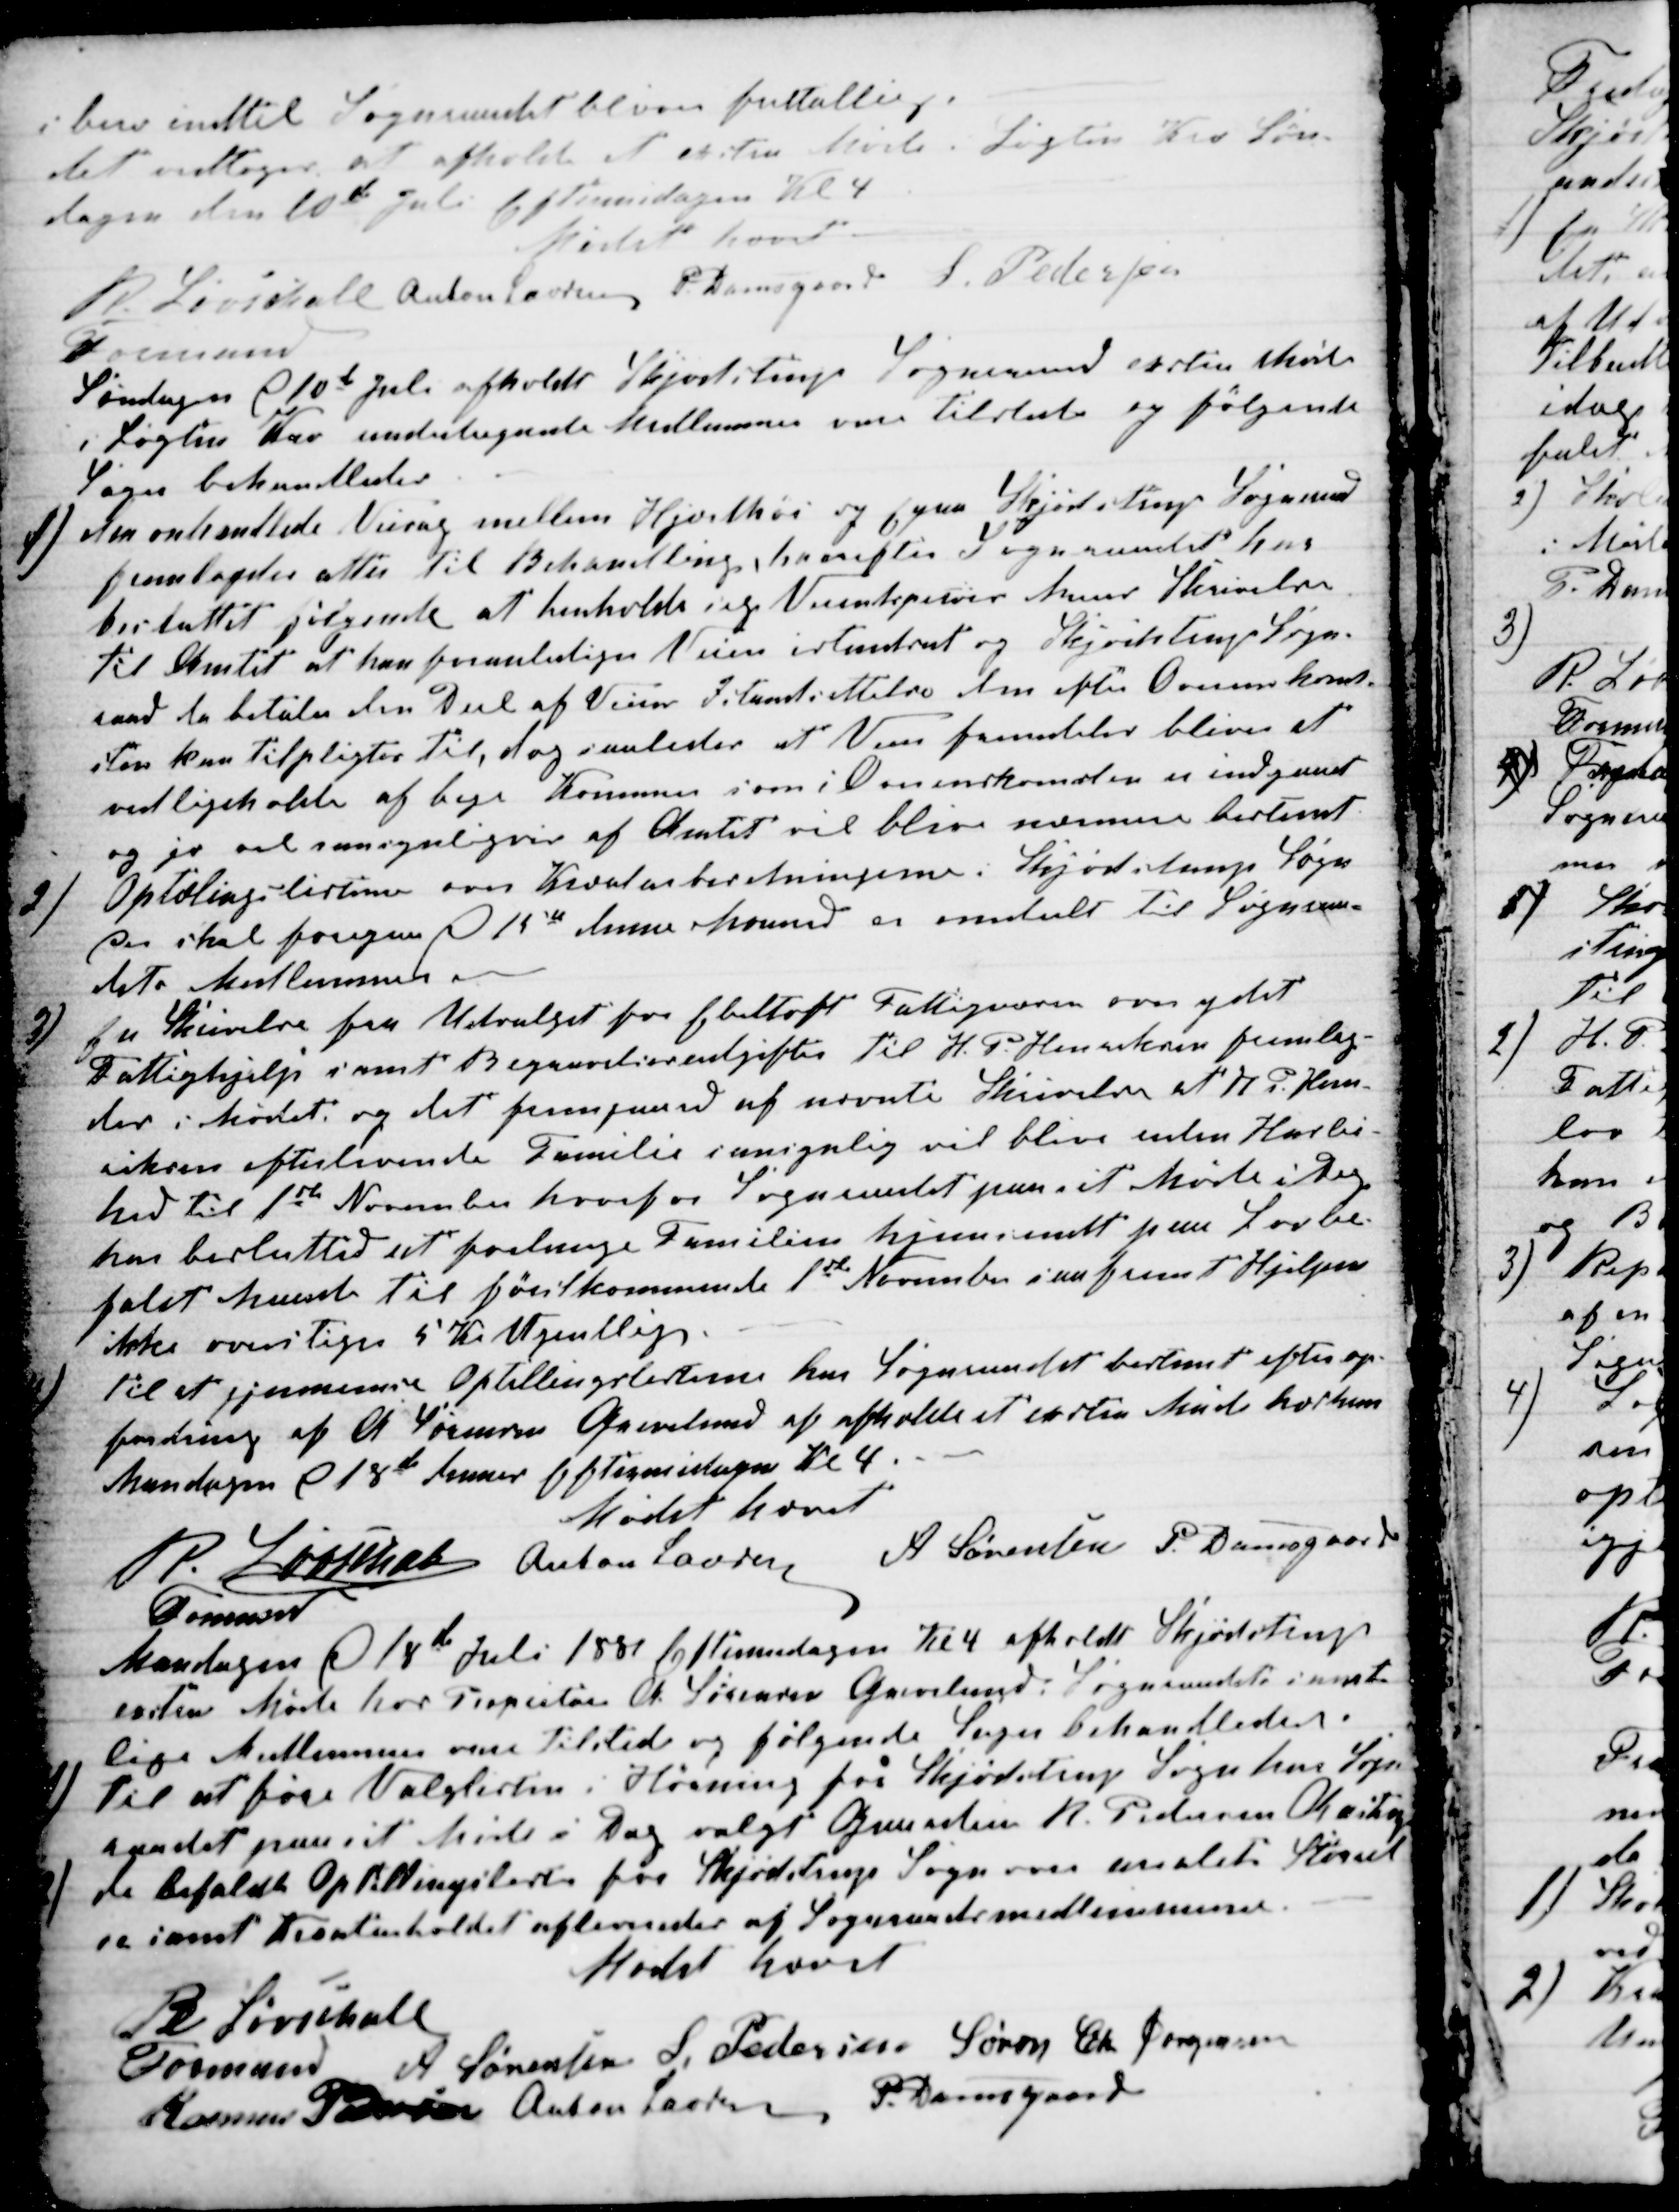
Transskription:
i bero indtil Sogneraadet bliver fultallig.
det vedtoges at afholde et exstra Møde i Løgten Kro Søn-
dagen den 10de Juli Eftermidagen Kl 4
Mødet hævet.
R Løvschall 
Formand
Anton Laursen P. Damsgaard S. Pedersen
Søndagen d 10de Juli afholdt Skjødstrup Sogneraad exstra Møde
i Løgten Kro undertegnede Medlemmer vare tilstede og følgende
Sager behandledes
1) den omhandlede Veisag mellem Hjorthøi og Egaa Skjødstrup Sogneraad
fremlagdes atter til Behandling, hvorefter Sogneraadet har
besluttet følgende at henholde sig Veiintspetør Muus Skrivelse
til Amtet at han foranlediger Veien istandsat og Skjødstrup Sogn-
raad da betaler den Deel af Veiens Istandsettelse der efter Overenskom-
sten kan tilpligtes til, dog saaledes at Veien fremdeles bliver at
vedligeholde af bege Komuner som i Overenskomsten er indgaaet
og jo vil sansynligvis af Amtet vil blive nærmere bestemt
2)
Optælingslisterne over Kreatursbesetningerne i Skjødstrup Sogn
der skal foregaa d 15de denne Maaned er omdelt til Sogneraa-
dets Medlemmer.
3)
En Skrivelse fra Udvalget for Ebeltoft Fattigvæsen over ydet
Fattighjelp samt Begravelsesudgifter til H. P. Henriksen fremlag-
des i Mødet og det fremgaard af nævnte Skrivelse at N. P. Hen-
riksen efterlevende Familie sansynlig vil blive uden Huslei-
hed til 1ste November hvorfor Sogneraadet paa sit Møde i Dag
har beslutted at forlange Familien hjemsendt paa Lovbe-
falet hævd til førstkommende 1ste November saafremt Hjelpen
ikke overstiger 5 Kr Ugentlig.
4)
Til at gjennemse Optællingslisterne har Sogneraadet bestemt efter op-
fordring af A Sørensen Grevelund af afholde et exstra Møde hos ham
Mandagen d 18de dennes Eftermidagen Kl 4.
Mødet hævet
R. Løvschall
Formand
 Anton Laursen
A Sørensen P. Damsgaard
Mandagen d 18de Juli 1881 Eftermidagen Kl 4 afholdt Skjødstrup
exstra Møde hos Propietær A Sørensen Grevelund. Sogneraadets samt-
lige Medlemmer vare tilstede og følgende Sager behandledes.
1) Til at føre Valglisten i Hørning for Skjødstrup Sogn har Sogn-
raadet paa sit Møde i Dag valgt Gaardeier R. Pedersen Aastrup
2) de befaldte Optællingslister for Skjødstrup Sogn over arealets Størrel-
se samt Kreaturholdet afleveredes af Sogneraadsmedlemmerne.
Mødet hævet
R Løvschall
Formand
A Sørensen S. Pedersen Søren Chr Jørgensen
Rasmus Petersen Anton Laursen P. Damsgaard